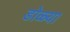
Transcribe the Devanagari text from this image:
डोळ्या